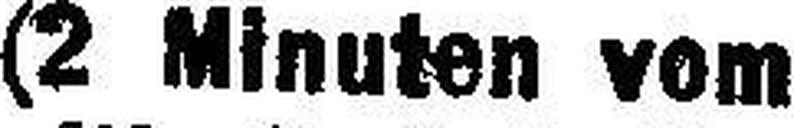
(2 Minuten vom